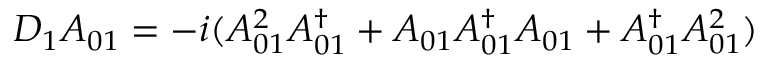
D _ { 1 } A _ { 0 1 } = - i ( A _ { 0 1 } ^ { 2 } A _ { 0 1 } ^ { \dag } + A _ { 0 1 } A _ { 0 1 } ^ { \dag } A _ { 0 1 } + A _ { 0 1 } ^ { \dag } A _ { 0 1 } ^ { 2 } )